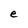
Character: e